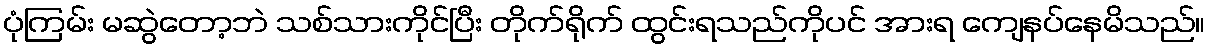
ပုံကြမ်း မဆွဲတော့ဘဲ သစ်သားကိုင်ပြီး တိုက်ရိုက် ထွင်းရသည်ကိုပင် အားရ ကျေနပ်နေမိသည်။